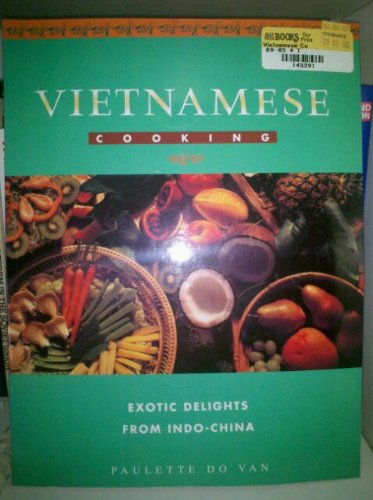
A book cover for Vietnamese cooking: Exotic delights from Indo-China; Paulette Do Van; Cookbooks, Food & Wine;